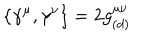
\{ \gamma ^ { \mu } , \gamma ^ { \nu } \} = 2 g _ { ( d ) } ^ { \mu \nu }